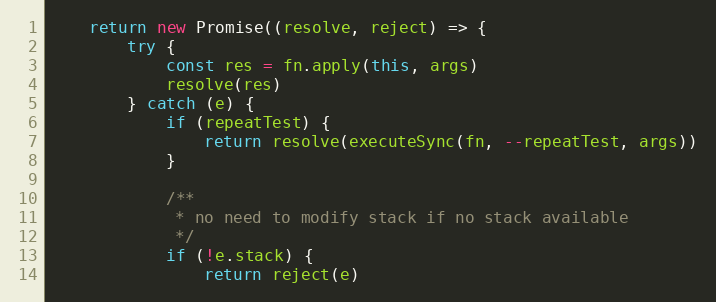
Language: JavaScript
    return new Promise((resolve, reject) => {
        try {
            const res = fn.apply(this, args)
            resolve(res)
        } catch (e) {
            if (repeatTest) {
                return resolve(executeSync(fn, --repeatTest, args))
            }

            /**
             * no need to modify stack if no stack available
             */
            if (!e.stack) {
                return reject(e)